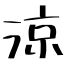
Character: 涼